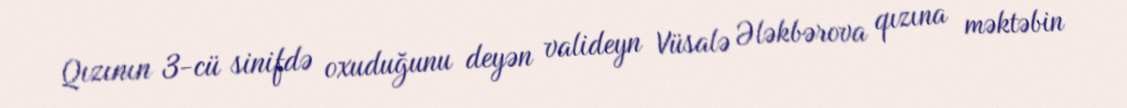
Qızının 3-cü sinifdə oxuduğunu deyən valideyn Vüsalə Ələkbərova qızına məktəbin